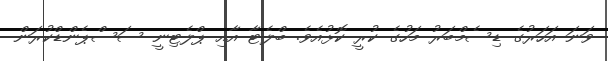
ވަނަ އަހަރުގެ ޑިސެމްބަރު މަހުގެ ކުރީ ކޮޅުއެވެ. ބްލެޓާ އާއި ޕްލެޓިނީ ސަސްޕެންޑްކުރަން